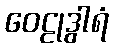
ဝေဠုဒွါရံ